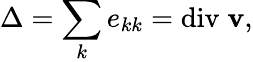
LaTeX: \Delta=\sum_{k}e_{kk}={\mathrm{div}}\; \mathbf{v},